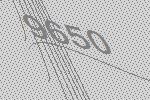
9650